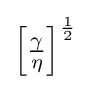
\left[{\tfrac {\gamma }{\eta }}\right]^{\frac {1}{2}}